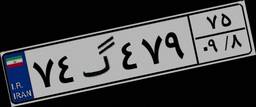
۵۸گ۰۶۷۰۴